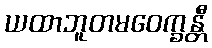
ယထာဘူတမဝေက္ခန္တီ